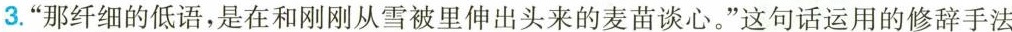
3.”那纤细的低语，是在和刚刚从雪被里伸出头来的麦苗谈心。”这句话运用的修辞手法